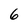
Character: 6